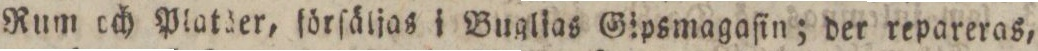
Rum och Platäer, förſäljas j Buglias Gipsmagaſin; der repareras,